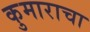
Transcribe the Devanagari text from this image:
कुमाराचा